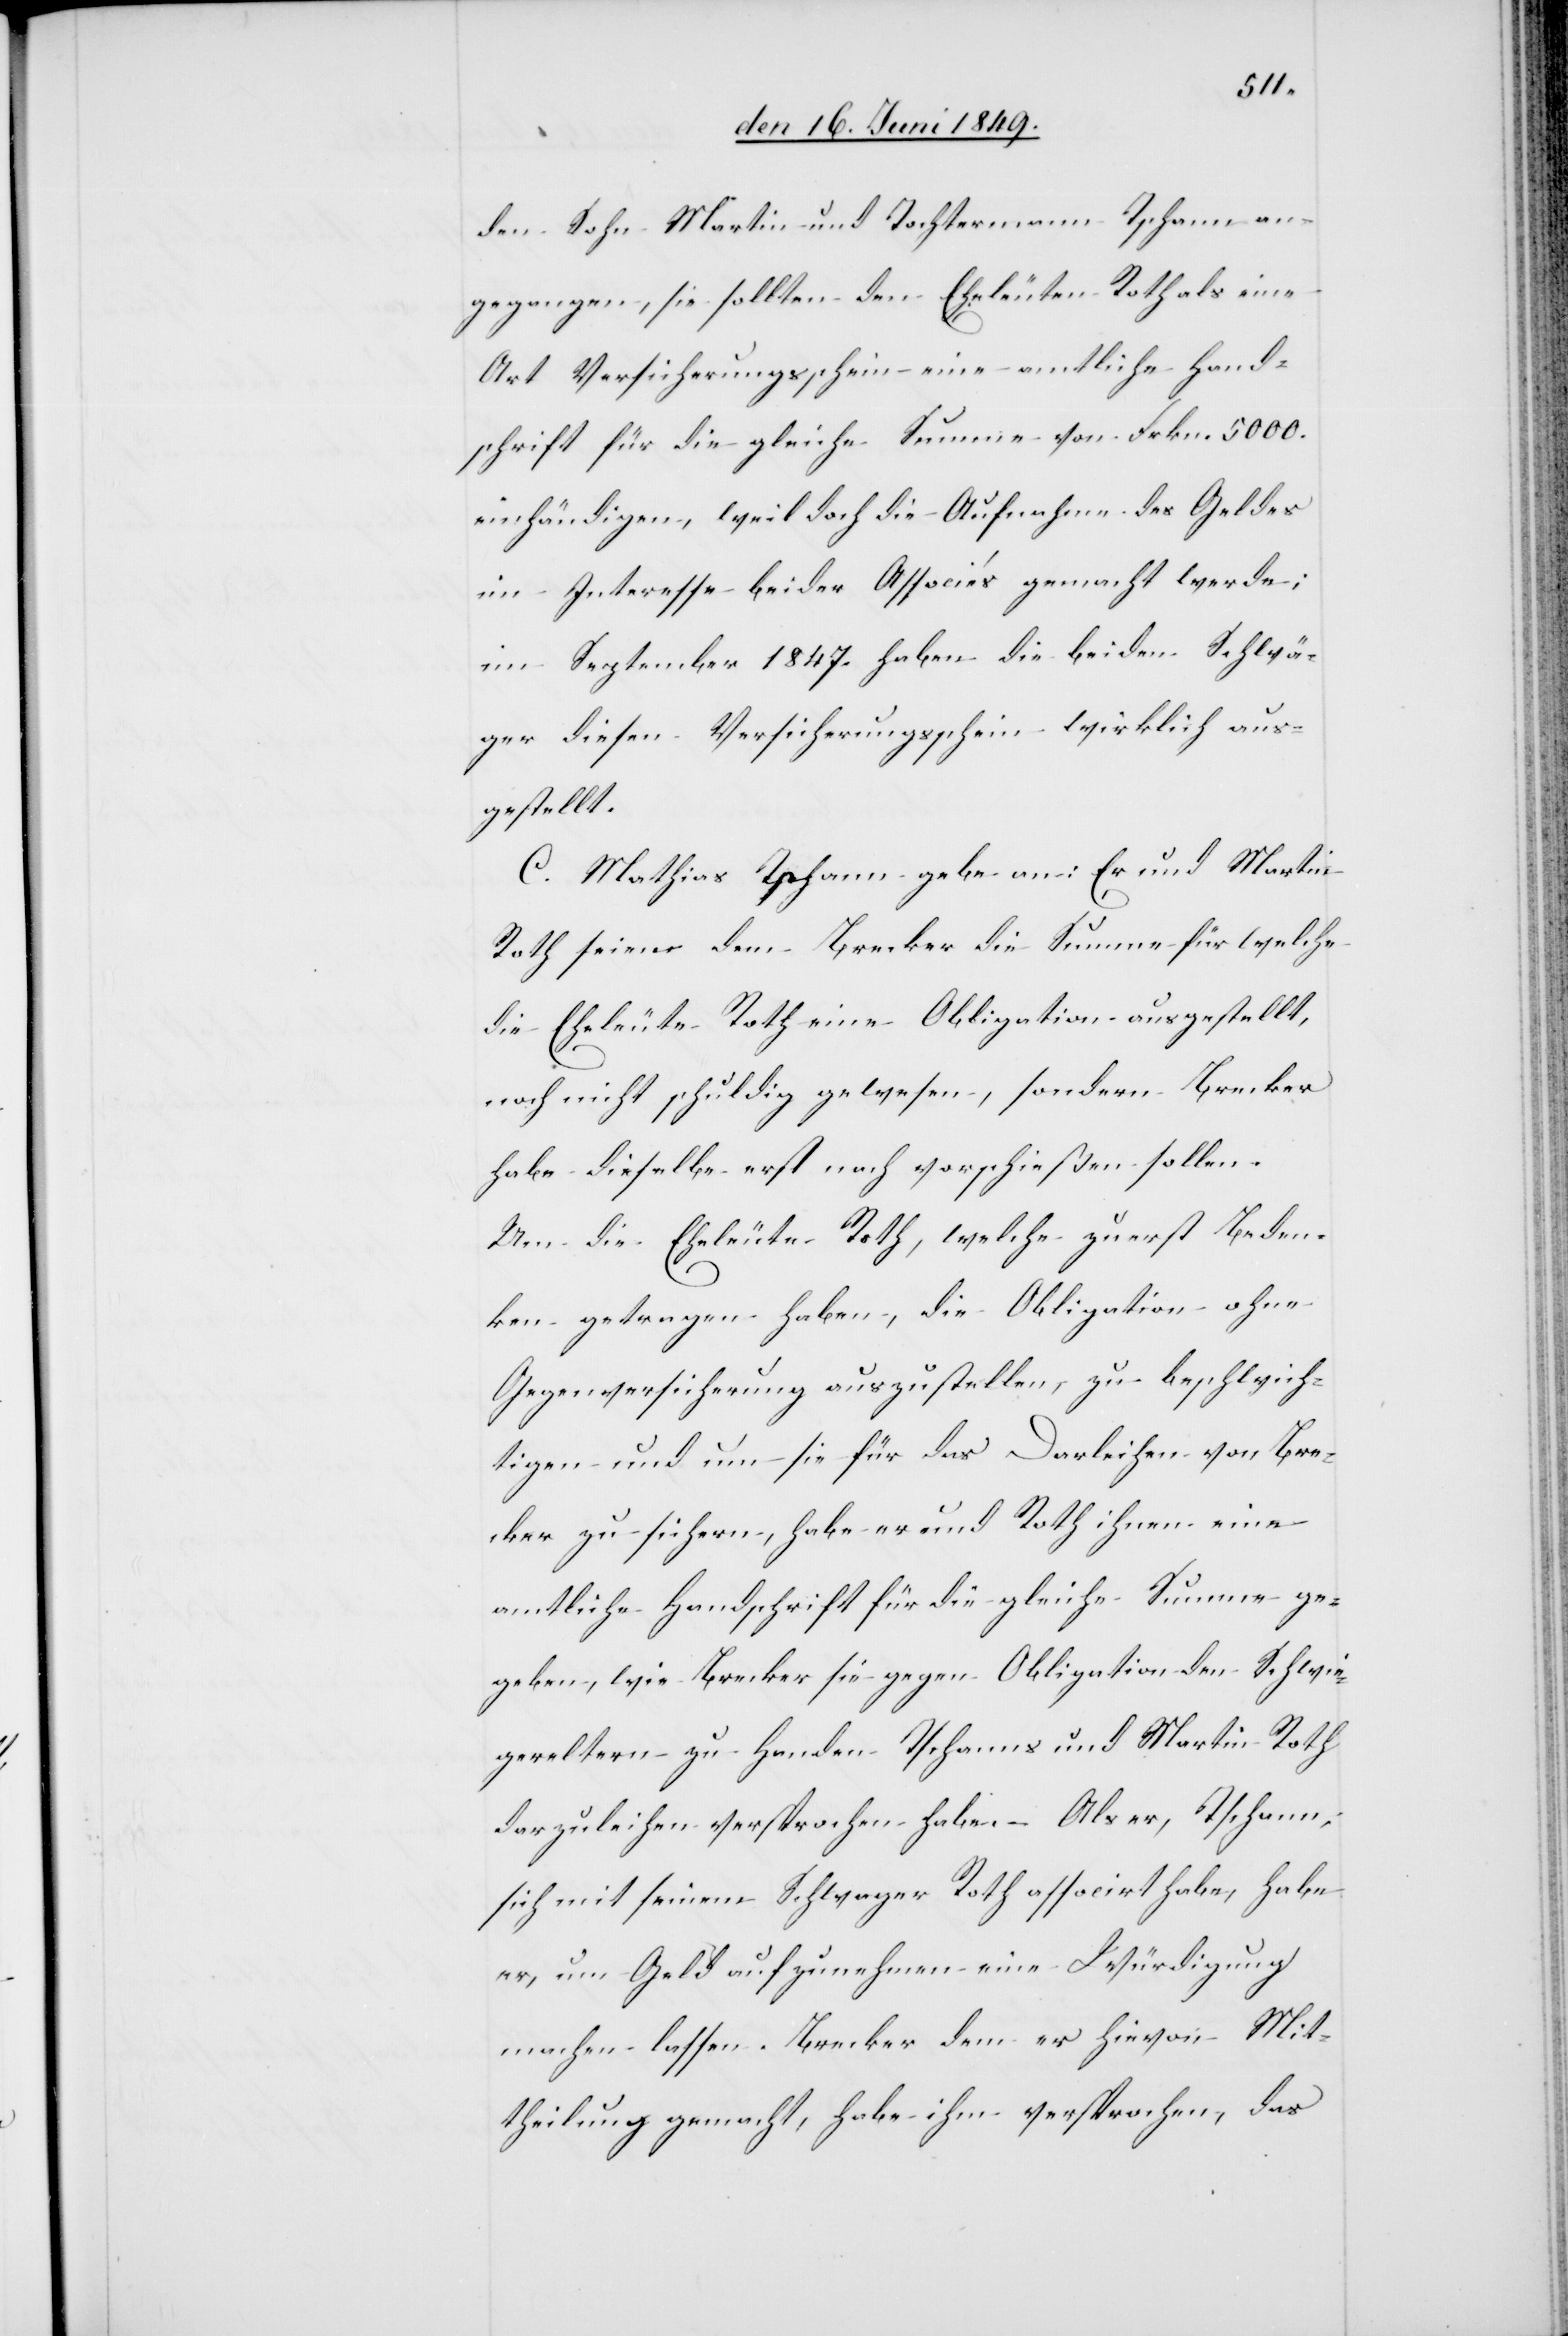
den Sohn Martin und Tochtermann Tschann an¬
gegangen, sie sollten den Eheleuten Roth als eine
Art Versicherungsschein eine amtliche Hand¬
schrift für die gleiche Summe von Frkn. 5 000.
einhändigen, weil doch die Aufnahme des Geldes
im Interesse beider Associés gemacht werde;
im September 1847. haben die beiden Schwä¬
ger diesen Versicherungsschein wirklich aus¬
gestellt.
C. Mathias Tschann gebe an: Er und Martin
Roth seien dem Brecker die Summe für welche
die Eheleute Roth eine Obligation ausgestellt,
noch nicht schuldig gewesen, sondern Brecker
habe dieselbe erst noch vorschießen sollen.
Um die Eheleute Roth, welche zuerst Beden¬
ken getragen haben, die Obligation ohne
Gegenversicherung auszustellen, zu beschwich¬
tigen und um sie für das Darleihen von Bre¬
cker zu sichern, habe er und Roth ihnen eine
amtliche Handschrift für die gleiche Summe ge¬
geben, wie Brecker sie gegen Obligation den Schwie¬
gereltern zu Handen Tschanns und Martin Roth
derzuleihen versprochen habe. – Als er, Tschann,
sich mit seinem Schwager Roth associrt habe, habe
er, um Geld aufzunehmen eine Würdigung
machen lassen. Brecker dem er hievon Mit¬
theilung gemacht, habe ihm versprochen, das